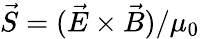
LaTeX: \vec{S}=(\vec{E}\times\vec{B})/\mu_{0}